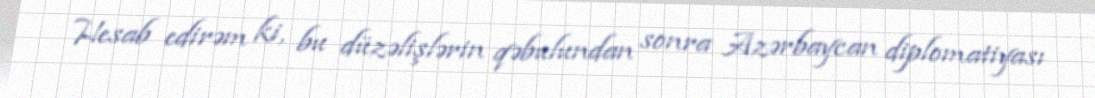
Hesab edirəm ki, bu düzəlişlərin qəbulundan sonra Azərbaycan diplomatiyası